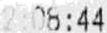
2:08:44